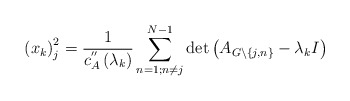
\begin{align*}\left( x_{k}\right) _{j}^{2}=\frac{1}{c_{A}^{^{\prime\prime}}\left(\lambda_{k}\right) }\sum_{n=1;n\neq j}^{N-1}\det\left( A_{G\backslash\left\{ j,n\right\} }-\lambda_{k}I\right)\end{align*}